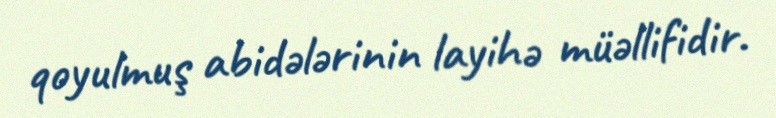
qoyulmuş abidələrinin layihə müəllifidir.